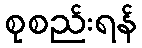
စုစည်းရန်